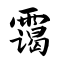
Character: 霭